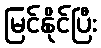
မြင်နိုင်ပြီး